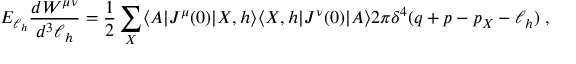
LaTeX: E _ { \ell _ { h } } \frac { d W ^ { \mu \nu } } { d ^ { 3 } \ell _ { h } } = \frac { 1 } { 2 } \sum _ { X } \langle A | J ^ { \mu } ( 0 ) | X , h \rangle \langle X , h | J ^ { \nu } ( 0 ) | A \rangle 2 \pi \delta ^ { 4 } ( q + p - p _ { X } - \ell _ { h } ) \; ,